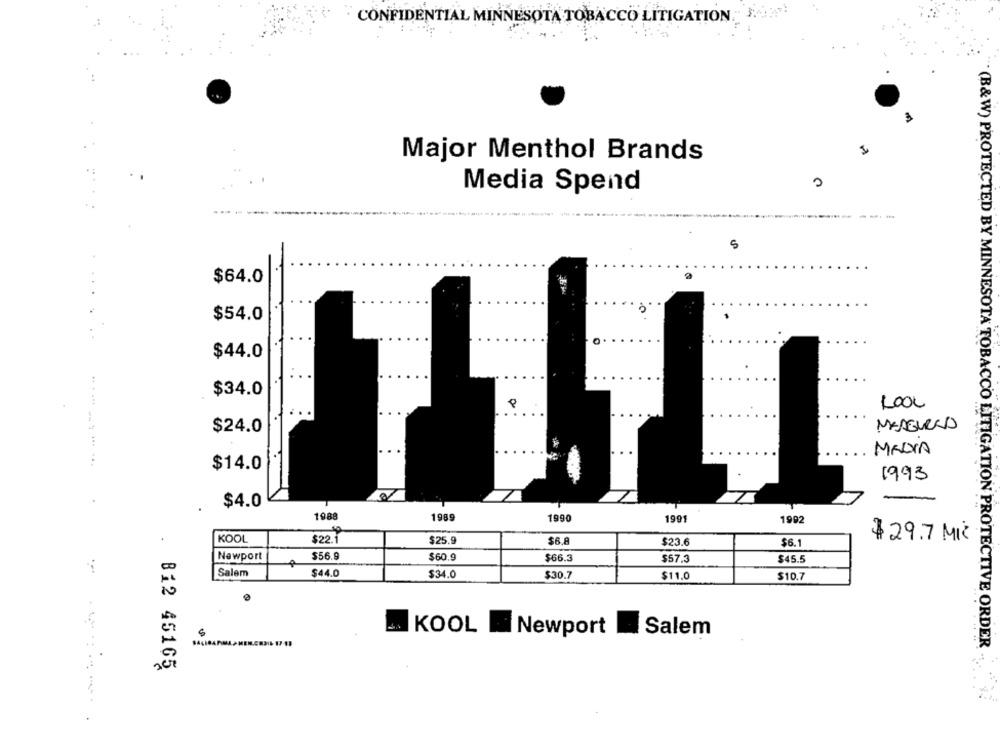
CONFIDENTIAL MINNESOTA TOBACCO LITIGATION.
Major Menthol Brands
Media Spend
---
5
$64.0
$54.0
$44.0
$34.0
LOOL
MENEURNO
$24.0
MEDIA
$14.0
1993
$4.0
1989
1990
1991
1992
.
KOOL
$22.1
$25.9
$6.8
$ 29.7 MIL
.
$23.6
$6.1
Newport
$56.9
$60.9
$66.3
$57.3
$45.5
Salem
$44.0
$34.0
$30.7
$11.0
$10.7
KOOL Newport
Salem
* (B&W) PROTECTED BY MINNESOTA TOBACCO LITIGATION PROTECTIVE ORDER
812 45165